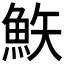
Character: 𩶇